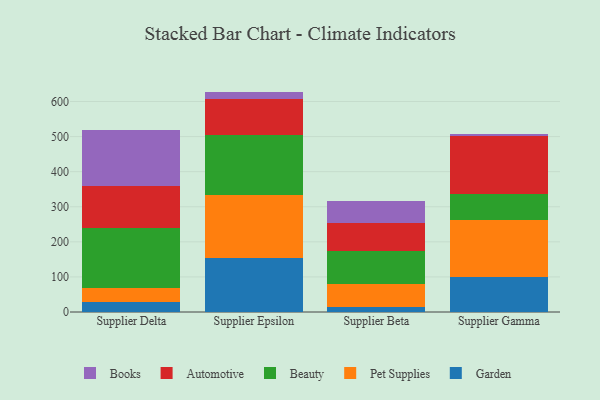
{"axis": {"x": "Supplier", "y": "Customer Acquisition Cost (USD)"}, "legend": ["Automotive", "Beauty", "Books", "Garden", "Pet Supplies"], "data": [{"x": "Supplier Delta", "y": 29.9, "type": "Garden"}, {"x": "Supplier Delta", "y": 39.0, "type": "Pet Supplies"}, {"x": "Supplier Delta", "y": 171.6, "type": "Beauty"}, {"x": "Supplier Delta", "y": 119.9, "type": "Automotive"}, {"x": "Supplier Delta", "y": 157.9, "type": "Books"}, {"x": "Supplier Epsilon", "y": 153.8, "type": "Garden"}, {"x": "Supplier Epsilon", "y": 178.9, "type": "Pet Supplies"}, {"x": "Supplier Epsilon", "y": 173.2, "type": "Beauty"}, {"x": "Supplier Epsilon", "y": 100.0, "type": "Automotive"}, {"x": "Supplier Epsilon", "y": 22.3, "type": "Books"}, {"x": "Supplier Beta", "y": 13.5, "type": "Garden"}, {"x": "Supplier Beta", "y": 65.2, "type": "Pet Supplies"}, {"x": "Supplier Beta", "y": 95.1, "type": "Beauty"}, {"x": "Supplier Beta", "y": 79.2, "type": "Automotive"}, {"x": "Supplier Beta", "y": 64.2, "type": "Books"}, {"x": "Supplier Gamma", "y": 99.4, "type": "Garden"}, {"x": "Supplier Gamma", "y": 163.1, "type": "Pet Supplies"}, {"x": "Supplier Gamma", "y": 72.8, "type": "Beauty"}, {"x": "Supplier Gamma", "y": 166.7, "type": "Automotive"}, {"x": "Supplier Gamma", "y": 6.5, "type": "Books"}]}